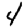
Digit: 4